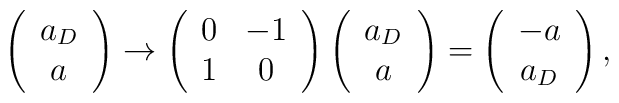
\left( \begin{array}{c} a_{D} \\ a \end{array} \right) \rightarrow        \left( \begin{array}{cc} 0 & -1 \\ 1 & 0 \end{array} \right)        \left( \begin{array}{c} a_{D} \\ a \end{array} \right) =        \left( \begin{array}{c} -a \\ a_{D} \end{array} \right),